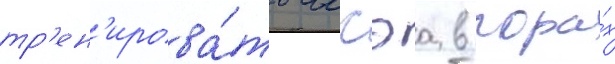
тр'ен'ирова́ть иссэа в гора́х